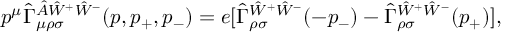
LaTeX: \begin{array} { l } { { \displaystyle p ^ { \mu } \hat { \Gamma } _ { \mu \rho \sigma } ^ { \hat { A } \hat { W } ^ { + } \hat { W } ^ { - } } ( p , p _ { + } , p _ { - } ) = e [ \hat { \Gamma } _ { \rho \sigma } ^ { \hat { W } ^ { + } \hat { W } ^ { - } } ( - p _ { - } ) - \hat { \Gamma } _ { \rho \sigma } ^ { \hat { W } ^ { + } \hat { W } ^ { - } } ( p _ { + } ) ] , } } \end{array}